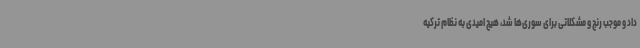
داد و موجب رنج و مشکلاتی برای سوری‌ها شد، هیچ امیدی به نظام ترکیه